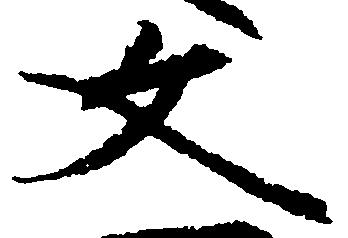
文